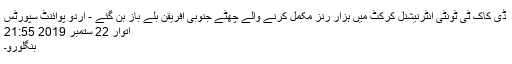
ڈی کاک ٹی ٹونٹی انٹرنیشنل کرکٹ میں ہزار رنز مکمل کرنے والے چھٹے جنوبی افریقن بلے باز بن گئے - اُردو پوائنٹ سپورٹس
اتوار 22 ستمبر 2019 21:55
بنگلورو۔